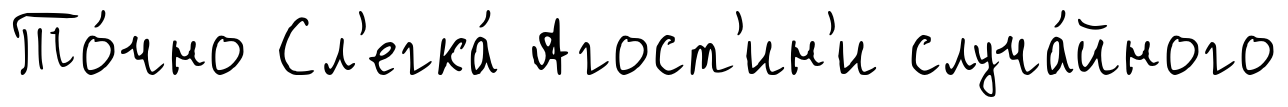
То́чно Сл'егка́ Агост'ин'и случа́йного